画像に写った文字を読んでください
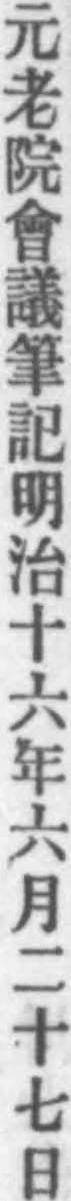
「元老院會議筆記明治十六年六月二十七日」と書いてあります